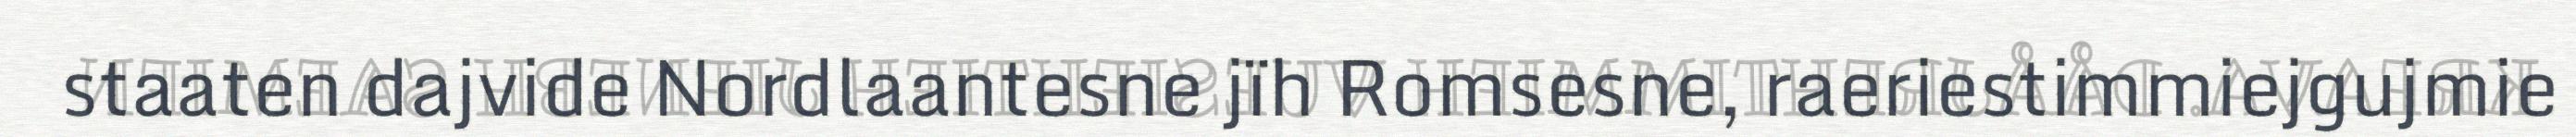
staaten dajvide Nordlaantesne jïh Romsesne, raeriestimmiejgujmie